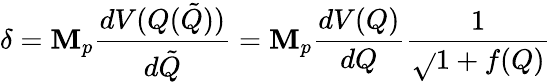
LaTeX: \delta=\mathbf{M}_{p}\frac{{dV(Q(\tilde{{Q}}))}}{{d\tilde{{Q}}}}=\mathbf{M}_{p}\frac{{dV(Q)}}{{dQ}}\frac{{1}}{{\sqrt{}{{1+f(Q)}}}}